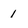
Character: 1